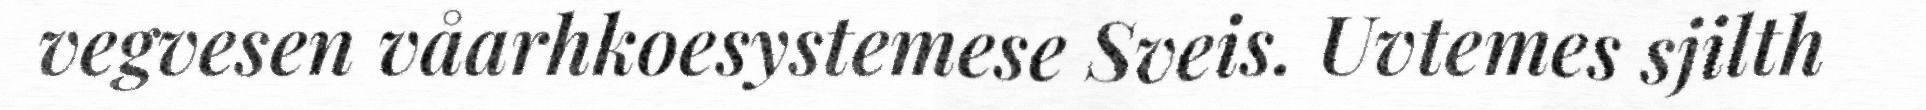
vegvesen våarhkoesystemese Sveis. Uvtemes sjilth